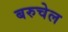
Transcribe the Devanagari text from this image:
बरुचेल